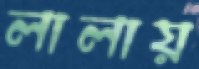
লালায়